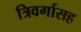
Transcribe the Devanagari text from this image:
त्रिवर्गासह